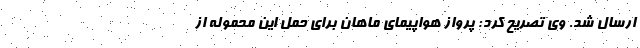
ارسال شد. وی تصریح کرد: پرواز هواپیمای ماهان برای حمل این محموله از